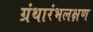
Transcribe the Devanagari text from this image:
ग्रंथारंभलक्षण